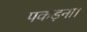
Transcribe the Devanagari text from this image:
पकड़ना।